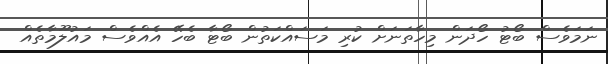
ނަމަވެސް ބޯޓު ހޯދަން މިހާތަނަށް ކުރި މަސައްކަތުން ބޯޓާ ބެހޭ އެއްވެސް މައުލޫމާތެއް